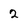
Character: 2